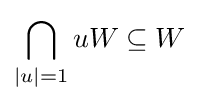
\bigcap _{|u|=1}uW\subseteq W